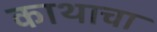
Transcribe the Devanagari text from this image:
काथाचा